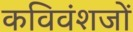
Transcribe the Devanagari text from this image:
कविवंशजों